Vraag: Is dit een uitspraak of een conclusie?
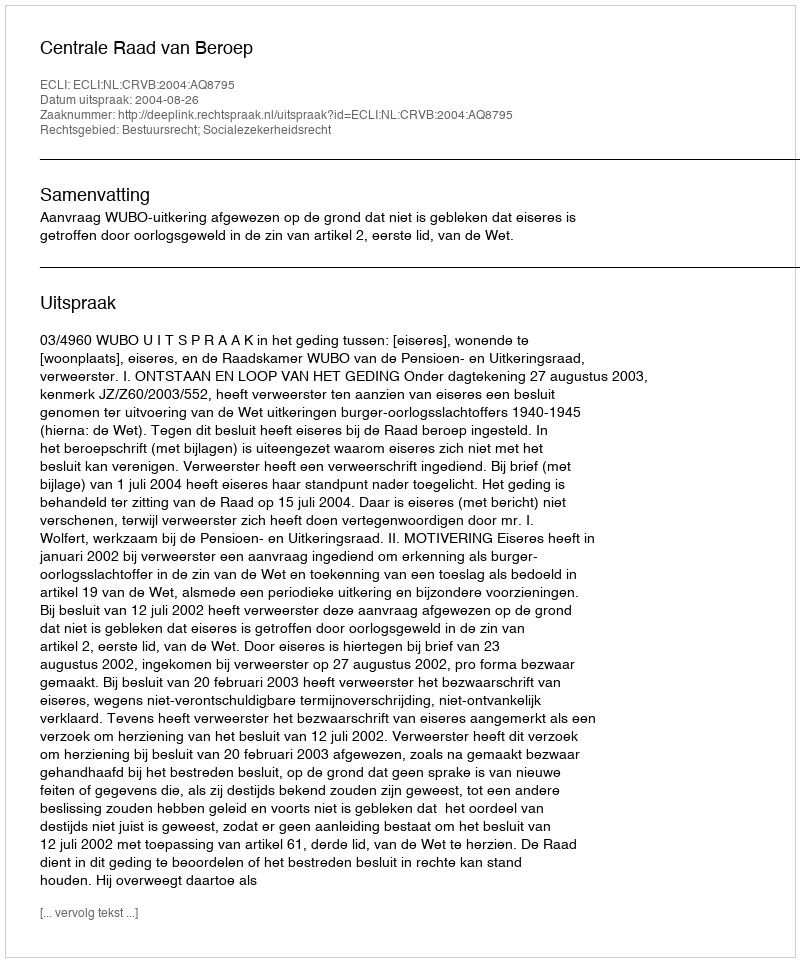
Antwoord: Uitspraak